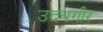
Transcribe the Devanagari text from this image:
उदयगीर